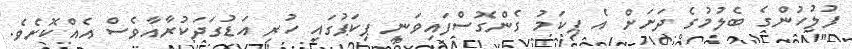
ފުލުހުންގެ ބެލުމުގެ ދަށަަށް އެ ޕިކަމު ގެންގޮސްފައިވަނީ ޕިކަޕުގައި ހުރި އަޑުގަދަކުރާއާވެސް އެއްކޮށެވެ.